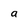
Character: a